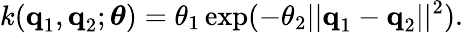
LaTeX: k(\textbf{q}_{1},\textbf{q}_{2};\boldsymbol{\theta})=\theta_{1}\exp(-\theta_{2}||\textbf{q}_{1}-\textbf{q}_{2}||^{2}).